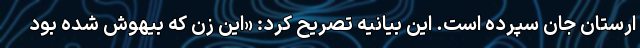
ارستان جان سپرده است. این بیانیه تصریح کرد: «این زن که بیهوش شده بود